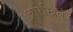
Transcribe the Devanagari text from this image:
आरेखिले